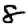
Digit: 8